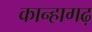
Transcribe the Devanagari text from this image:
कान्हागढ़